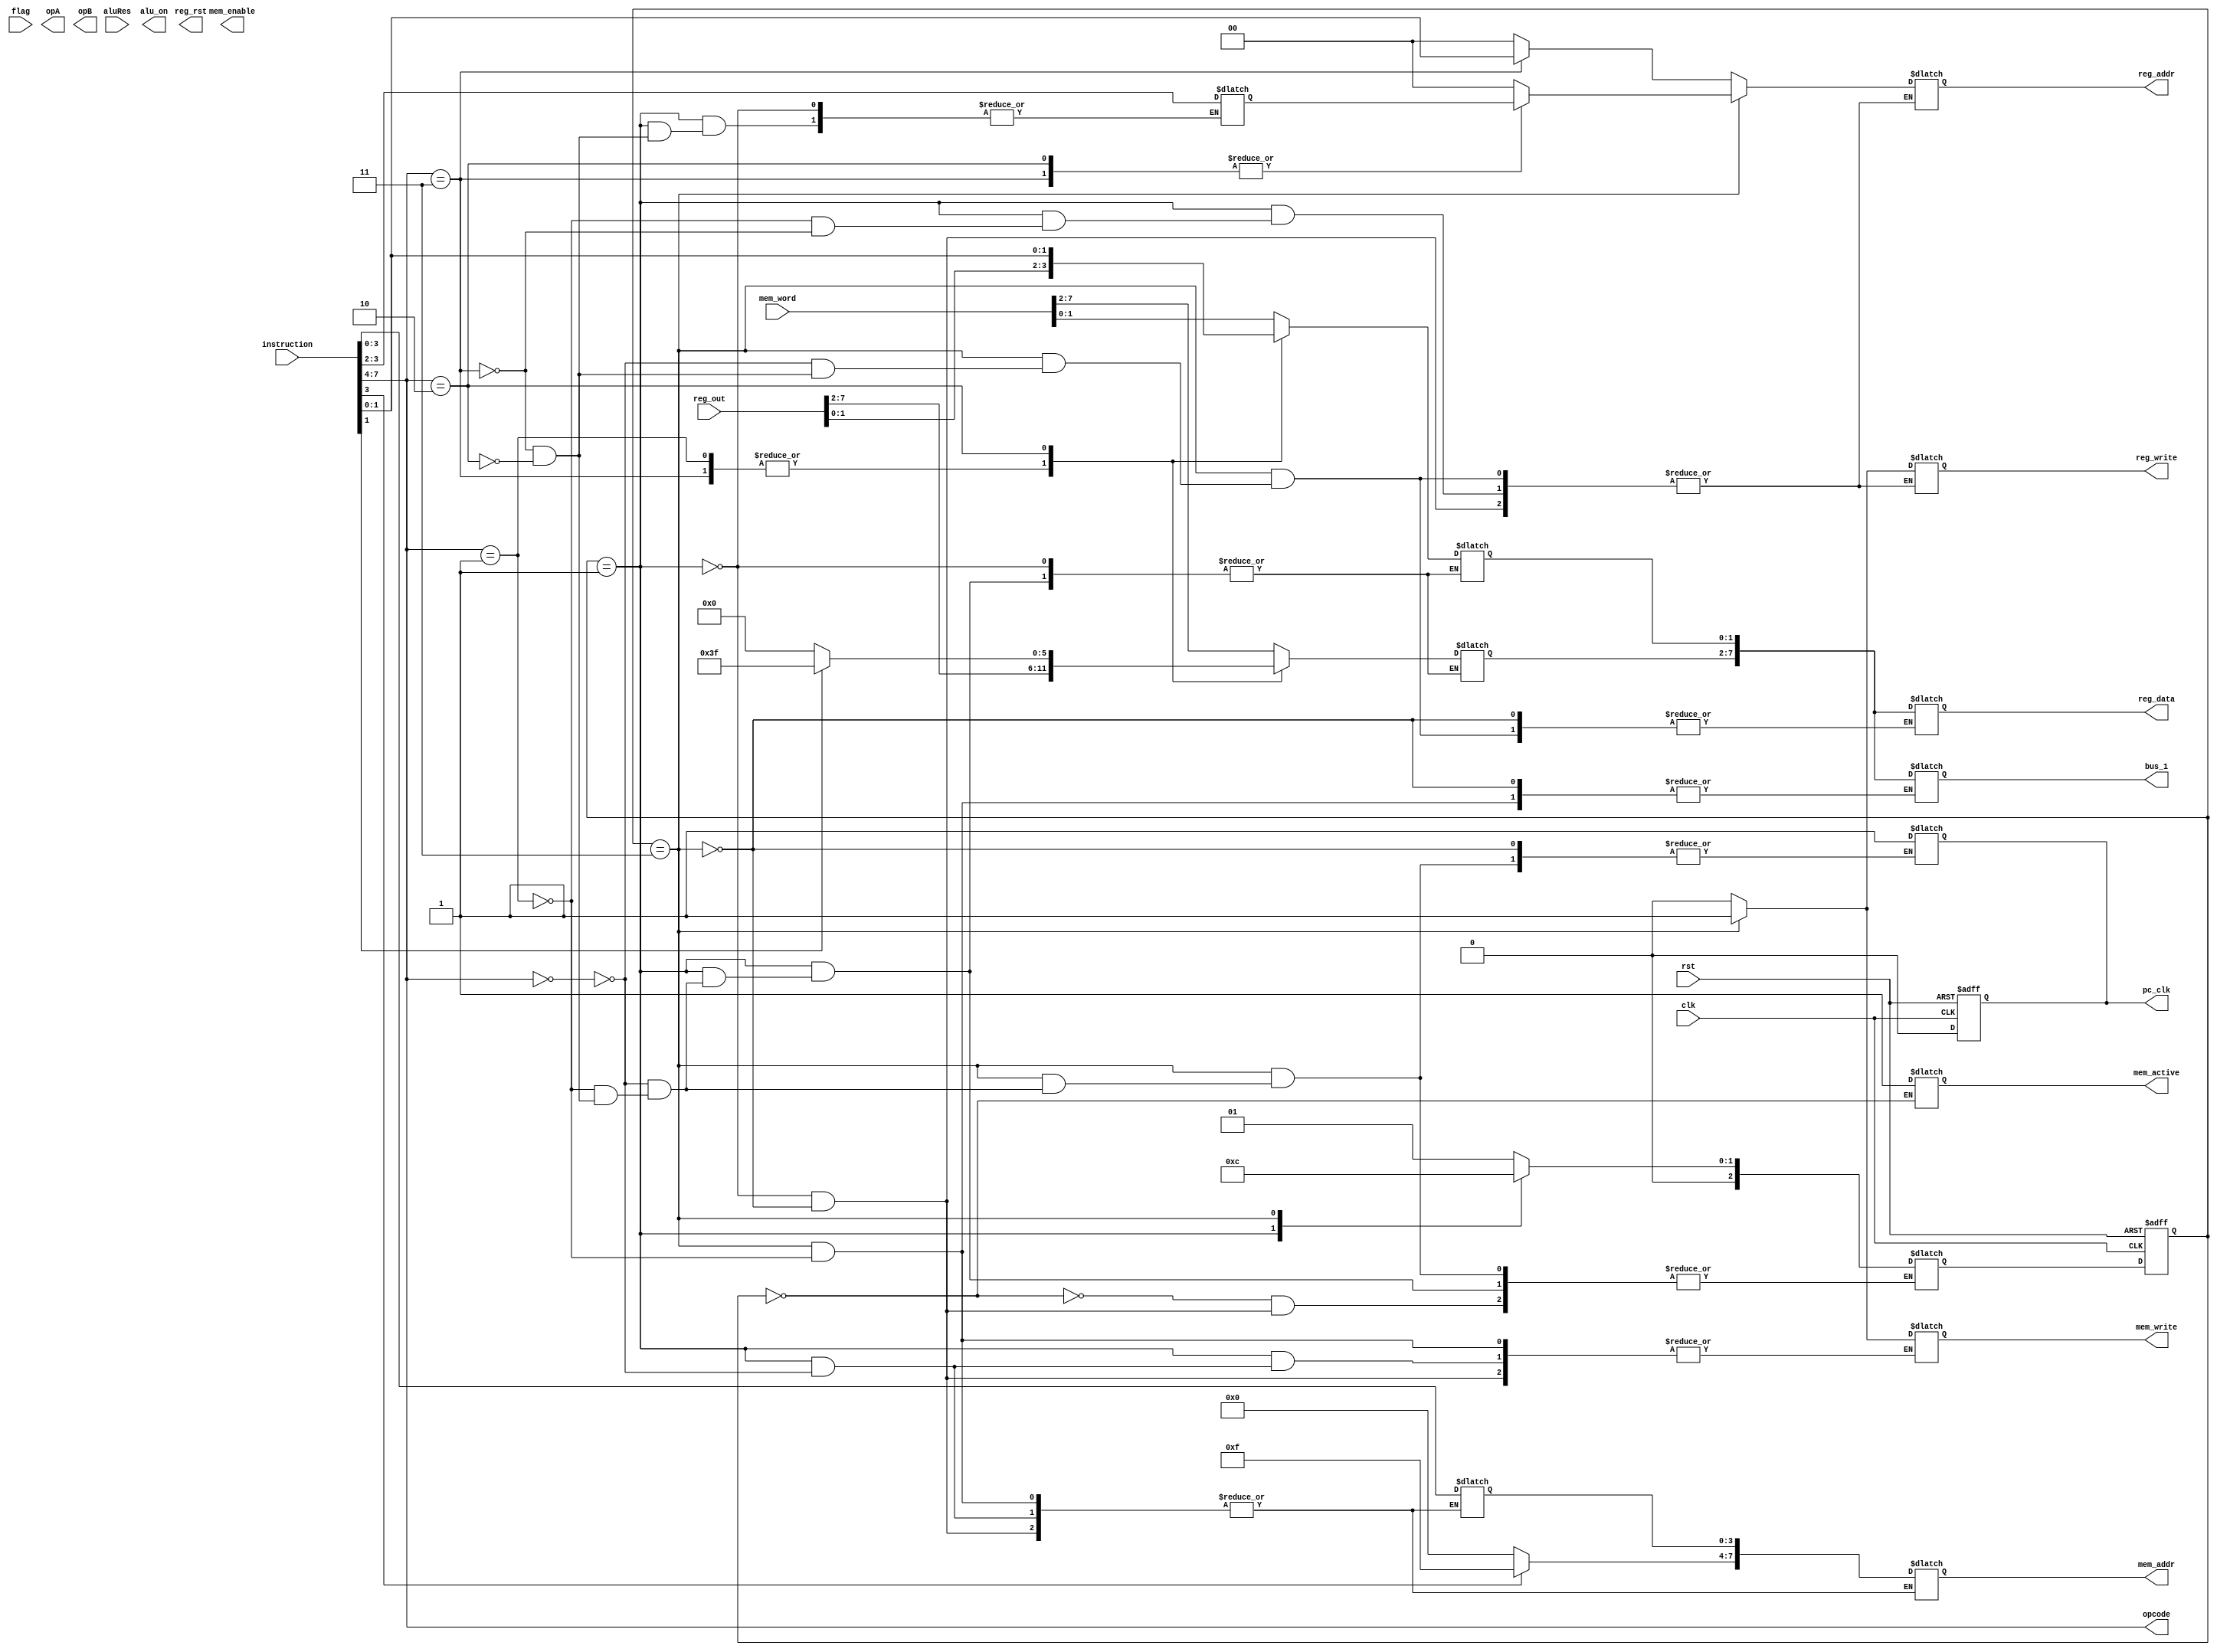
module control (
    input clk,rst,
    input [0:2]flag,
    input [7:0]instruction,aluRes,mem_word,reg_out,
    output reg mem_active,alu_on,reg_rst,reg_write,mem_enable,mem_write,pc_clk,
    output reg [7:0]opA,opB,reg_data,mem_addr,bus_1,
    output reg [3:0]opcode,
    output reg [1:0]reg_addr
   );

    assign opcode=instruction[7:4];

    reg [7:0] address,data;
    reg [2:0] p_state,n_state;
    reg [1:0] rd,rs;

    parameter[1:0]fetch1=2'b00;
    parameter[1:0]fetch2=2'b01;
    parameter[1:0]execute=2'b10;
    parameter[1:0]store=2'b11;

    always@(posedge clk or posedge rst)
	begin
        pc_clk=0;
		if(rst)
			p_state<=fetch1;
		else
			p_state<=n_state;
	end 

    always @(*) begin
       case (p_state)
        fetch1:
        begin
            mem_active=1;

            n_state=fetch2;
        end
            

        
        fetch2:
        begin
            case(opcode)
            4'b0000:begin
                address[3:0]<=instruction[3:0];
                case (instruction[3])
                    1'b1: address[7:4]=4'b1111;
                    1'b0: address[7:4]=4'b0000;                
                endcase
                mem_write=0;
                mem_addr<=address;
                data<=mem_word;
                n_state=store;
            end
              4'b0001:begin
                reg_write=0;
                reg_addr=2'b00;
                data<=reg_out;
                n_state=store;
                
            end
             4'b0011:begin
                 rd=instruction[3:2];
	             rs=instruction[1:0];
                 reg_write=0;
                 reg_addr=rs;
                 data=reg_out;
                 n_state=store;
            end
             4'b0010:begin
                 rd=instruction[3:2];
	              data[1:0]<=instruction[1:0];
                case (instruction[1])
                    1'b1: data[7:2]=6'b111111;
                    1'b0: data[7:2]=6'b000000;                
                endcase
                n_state=store;
                 
            end
            /* 4'b0100:begin
                 rd=instruction[3:2];
	             rs=instruction[1:0];
                 reg_write=0;
                 reg_addr=rs;
                 
            end
            */

            endcase
        end
        //execute:
        store:
         begin
            case(opcode)
            4'b0000:begin
                reg_write=1;
                reg_addr=2'b00;
                reg_data=data;
                n_state=fetch1;
                pc_clk=1;
            end
            4'b0001:begin
             address[3:0]<=instruction[3:0];
                case (instruction[3])
                    1'b1: address[7:4]=4'b1111;
                    1'b0: address[7:4]=4'b0000;                
                endcase
                mem_addr<=address;
                bus_1<=data;
                mem_write<=1;
                n_state=fetch1;
                pc_clk=1;
            end
             4'b0011:begin
                
                 reg_write=1;
                 reg_addr=rd;
                 reg_data<=data;

                 n_state=fetch1;
                pc_clk=1;
            end
             4'b0010:begin
                 
	            reg_write=1;
                reg_addr=rd;
                reg_data=data;
                n_state=fetch1;
                pc_clk=1;
                 
            end
         

            endcase
        end
       endcase
    end
    
endmodule